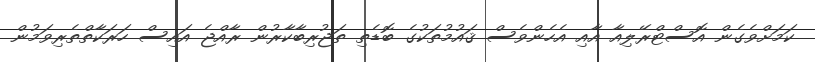
ކަމަށްވެގެން އޮސްޓްރޭލިއާ އާއި އެހެންވެސް ޤައުމުތަކުގެ ބޮޑެތި ތަޖުރިބާކާރުން ރާއްޖެ އައިސް ހަރަކާތްތެރިވަމުން